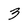
Character: 3